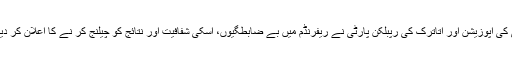
ترکی کی اپوزیشن اور اتاترک کی رپبلکن پارٹی نے ریفرنڈم میں بے ضابطگیوں، اسکی شفافیت اور نتائج کو چیلنج کر نے کا اعلان کر دیا ہے۔